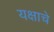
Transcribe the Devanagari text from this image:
यक्षाचे